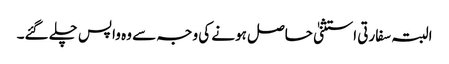
البتہ سفارتی استثنیٰ حاصل ہونے کی وجہ سے وہ واپس چلے گئے۔